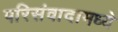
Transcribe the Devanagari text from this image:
परिसंवादामध्ये